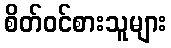
စိတ်ဝင်စားသူများ